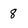
Character: 8